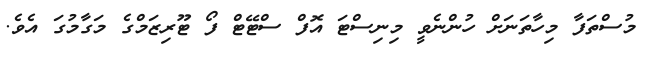
މުސްތަފާ މިހާތަނަށް ހުންނެވީ މިނިސްޓަ އޮފް ސްޓޭޓް ފޯ ޓޫރިޒަމްގެ މަގާމުގަ އެވެ.